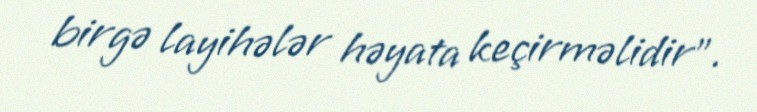
birgə layihələr həyata keçirməlidir".